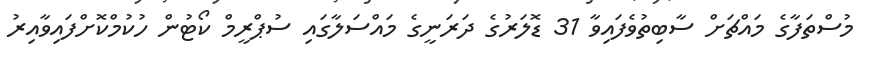
މުސްތަފާގެ މައްޗަށް ސާބިތުވެފައިވާ 31 ޑޮލަރުގެ ދަރަނީގެ މައްސަލާގައި ސުޕްރީމް ކޯޓުން ހުކުމްކޮށްފައިވާއިރު